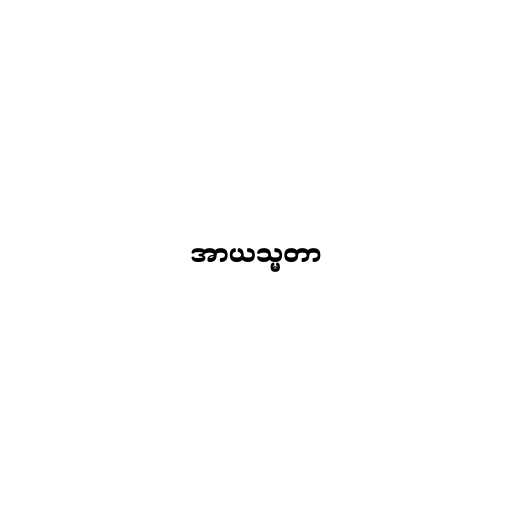
အာယသ္မတာ